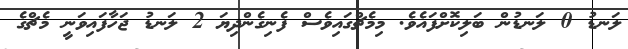
ލަނޑު 0 ލަނޑުން ބަލިކޮށްފައެވެ. މިމެޗްގައިވެސް ފެނިގެންދިޔަ 2 ލަނޑު ޖަހާފައިވަނީ މެޗްގެ